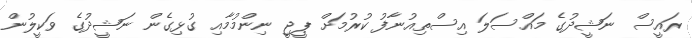
ރައީސް ނަޝީދުގެ މައްސަލަ އިސްތިއުނާފު ކުރުމަށް ޕީޖީ ނިންމުމާއި ގުޅިގެން ނަޝީދުގެ ވަކީލުން